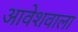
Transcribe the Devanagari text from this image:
आवेशवाला